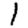
Digit: 1